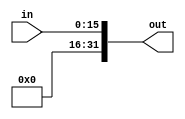
`timescale 1ns / 1ps
//////////////////////////////////////////////////////////////////////////////////
// Company: 
// Engineer: 
// 
// Design Name: 
// Module Name:    Ext 
// Project Name: 
// Target Devices: 
// Tool versions: 
// Description: 
//
// Dependencies: 
//
// Revision: 
// Revision 0.01 - File Created
// Additional Comments: 
//
//////////////////////////////////////////////////////////////////////////////////
module Ext(
	input [15:0]in,
	output [31:0]out
    );

	assign out = {16'h0000, in};

endmodule